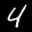
Label: 4